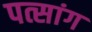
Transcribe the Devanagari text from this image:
पत्सांग